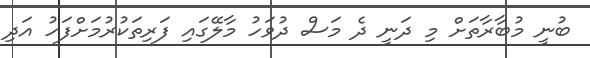
ބުނީ މުބާރާތަށް މި ދަނީ ދެ މަސް ދުވަހު މާލޭގައި ފަރިތަކުރުމަށްފަހު އަދި